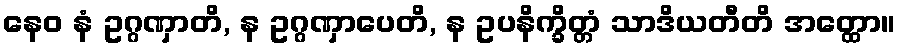
နေဝ နံ ဥဂ္ဂဏှာတိ, န ဥဂ္ဂဏှာပေတိ, န ဥပနိက္ခိတ္တံ သာဒိယတီတိ အတ္ထော။